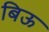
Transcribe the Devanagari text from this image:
बिऊ